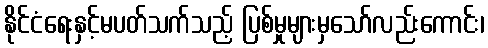
နိုင်ငံရေးနှင့်မပတ်သက်သည့် ပြစ်မှုများမှသော်လည်းကောင်း၊